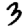
Digit: 3